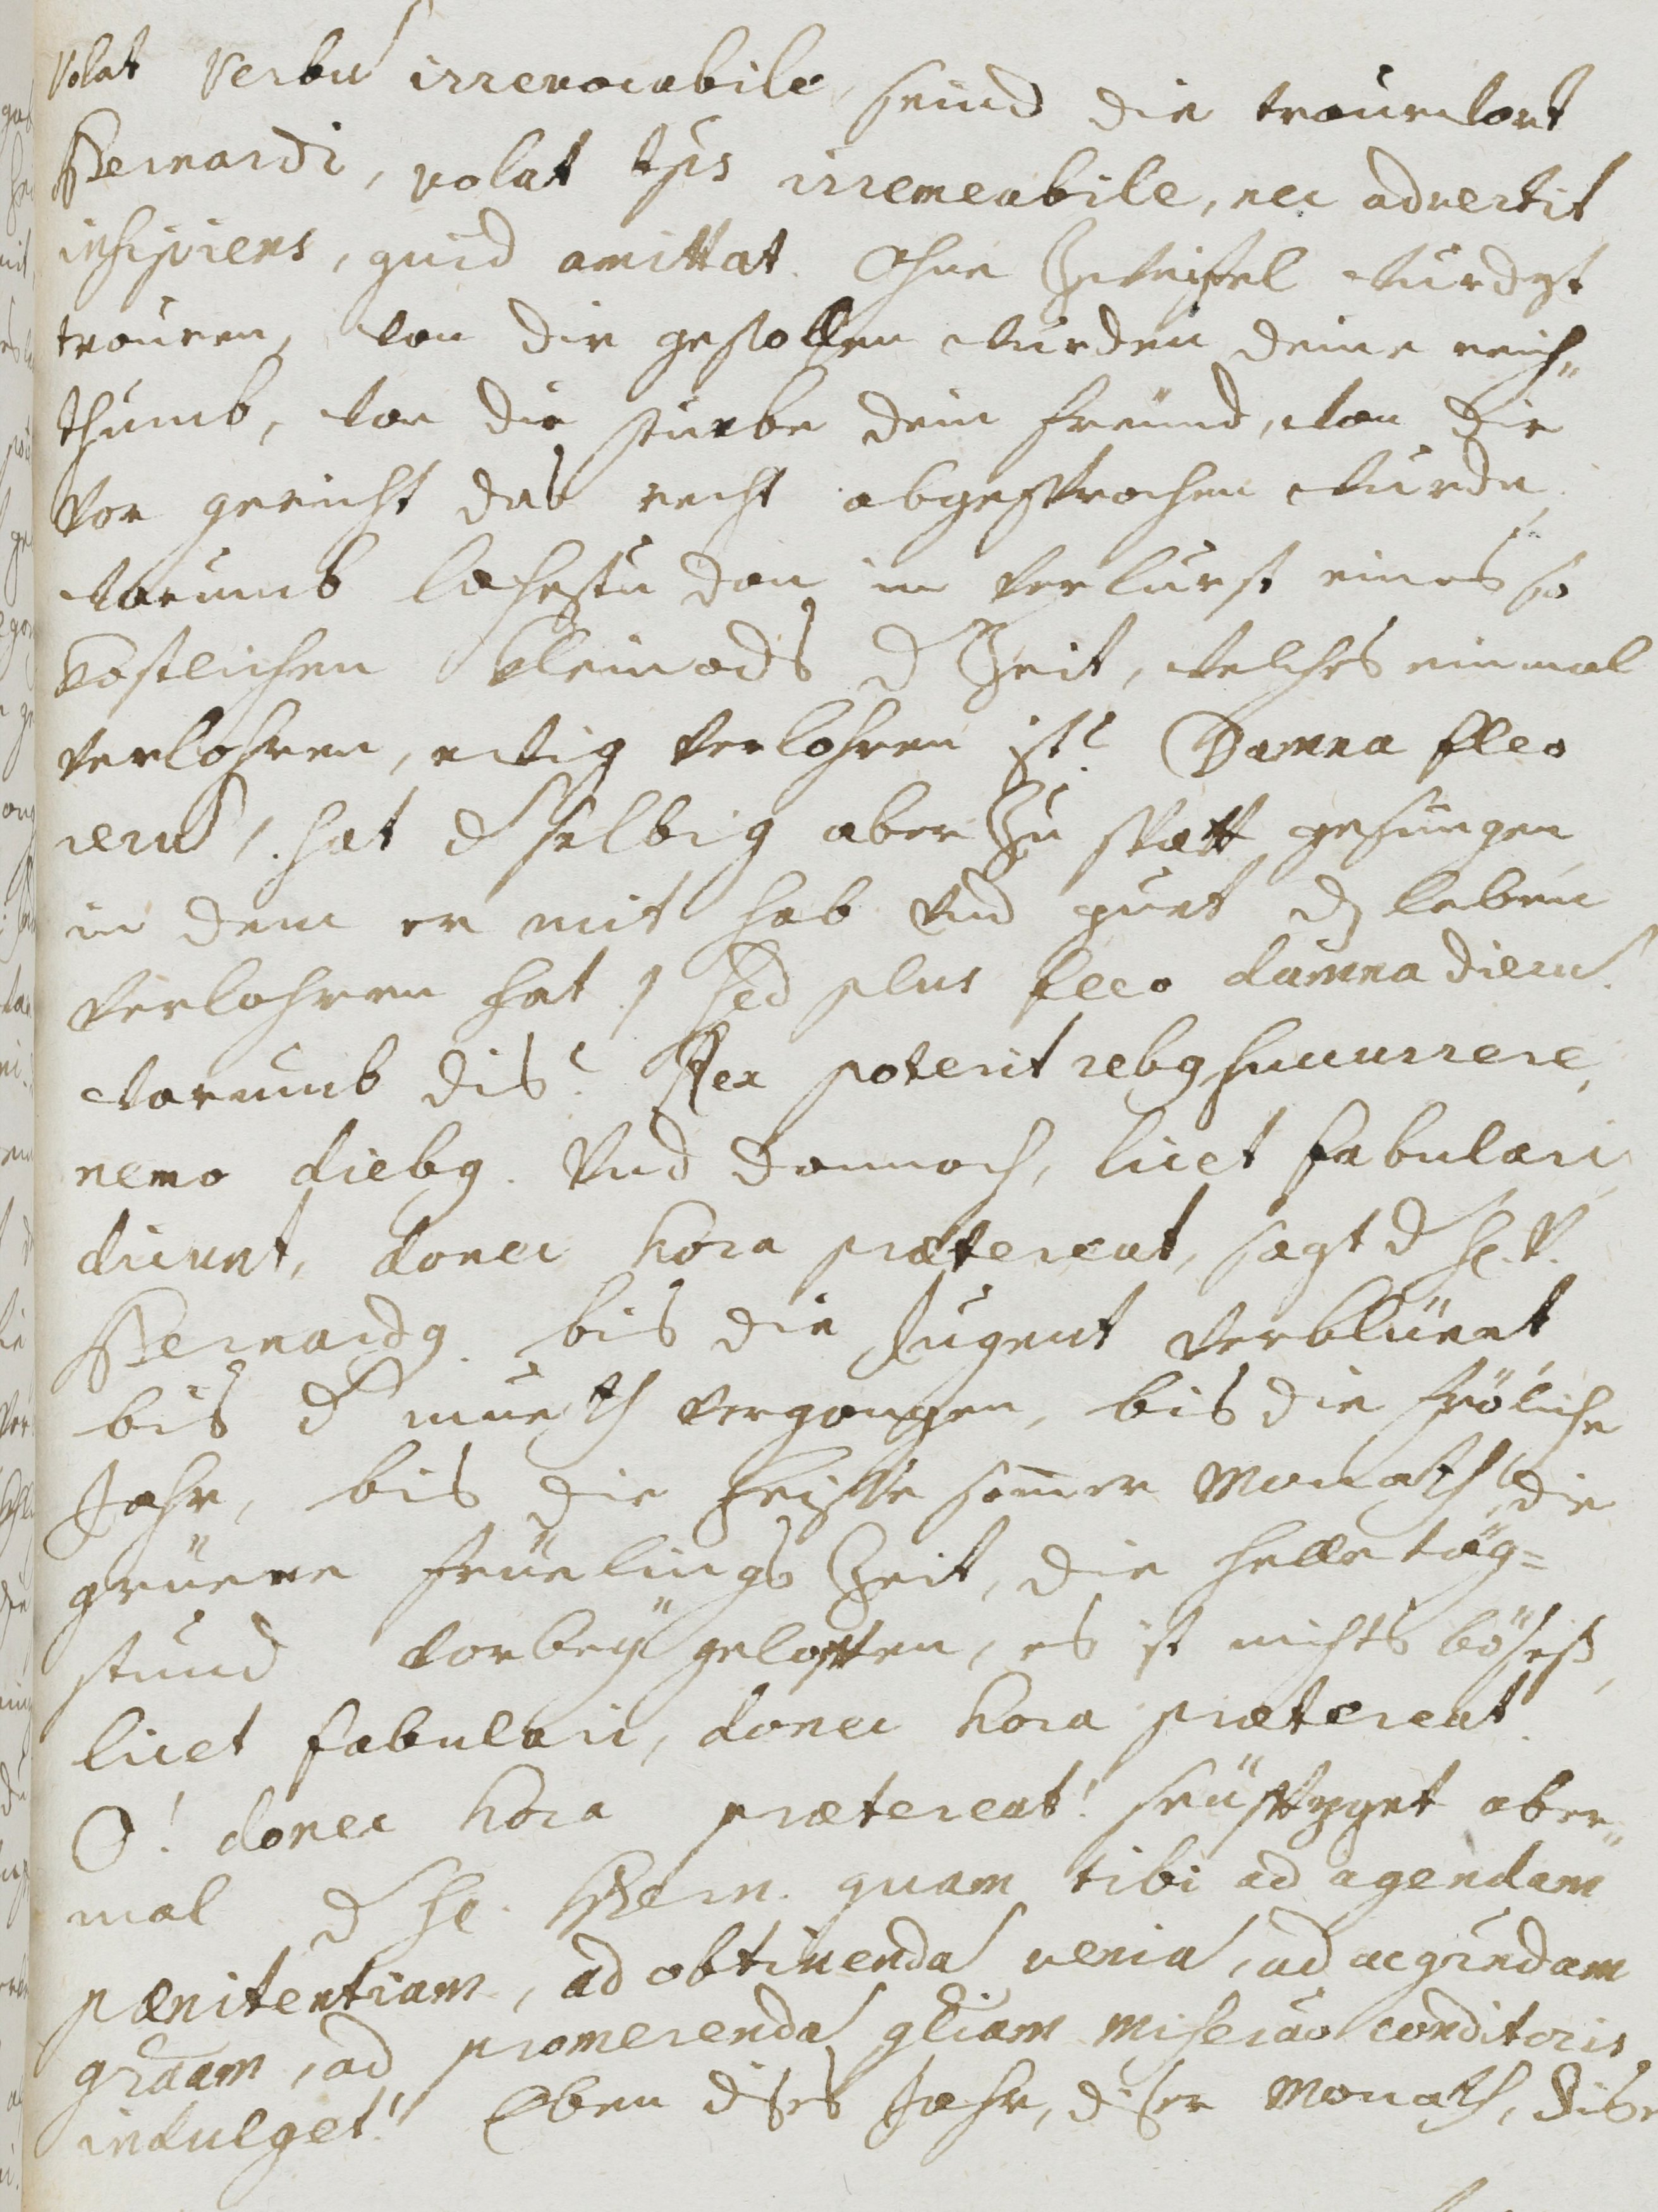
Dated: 1677–1691